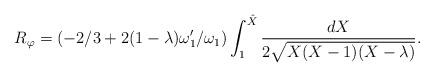
LaTeX: \begin{align*}R_{\varphi} = ( -2/3 +2(1-\lambda)\omega_1'/\omega_1)\int_1^{\hat{X}}\frac{dX}{2\sqrt{X(X-1)(X-\lambda)}}.\end{align*}